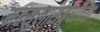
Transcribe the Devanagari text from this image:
महसुलासंबंधीच्या